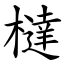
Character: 橽